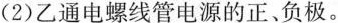
(2)乙通电螺线管电源的正、负极。